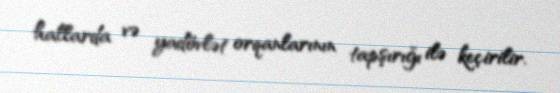
hallarda və yadövlət orqanlarının tapşırığı ilə keçirilir.